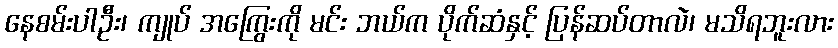
နေစမ်းပါဦး၊ ကျုပ် အကြွေးကို မင်း ဘယ်က ပိုက်ဆံနှင့် ပြန်ဆပ်တာလဲ၊ မသိရဘူးလား